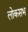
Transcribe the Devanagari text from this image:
लोकसभ